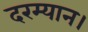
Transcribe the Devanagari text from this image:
दरम्यान।